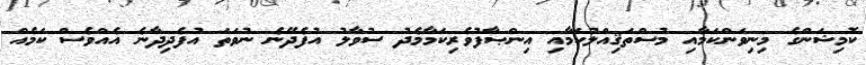
ކޮމިޝަންގެ މިނިވަންކަމާއި މުސްތަޤިއްލުކަމާއި އިންޞާފުވެރިކަމާމެދު ސުވާލު އުފެދޭނެ ނުވަތަ އުފެދިދާނެ އެއްވެސް ކަމެއް